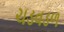
ચડવડળ